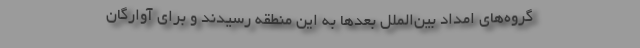
گروه‌های امداد بین‌الملل بعدها به این منطقه رسیدند و برای آوارگان